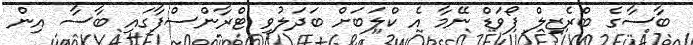
ބާސާގެ ބްރެޒިލް ފޯވަޑް ނޭމާ އެ ކްލަބަށް ބަދަލުވި ޓްރާންސްފާގައި ބާސާ އިން